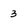
Character: 3